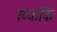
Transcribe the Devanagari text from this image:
ख्याकि